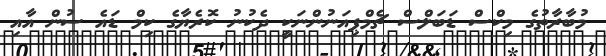
މުބާރާތުގެ މިކްސް ޑަބަލްސް ޗެމްޕިއަނުންނަކީ ދެކުނު ކޮރެޔާގެ ކިމް ޑައެ ސުން އާއި